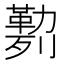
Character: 𰅅